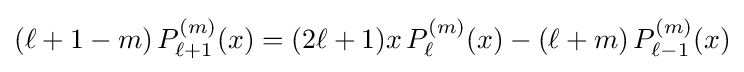
(\ell +1-m)\,P_{\ell +1}^{(m)}(x)=(2\ell +1)x\,P_{\ell }^{(m)}(x)-(\ell +m)\,P_{\ell -1}^{(m)}(x)